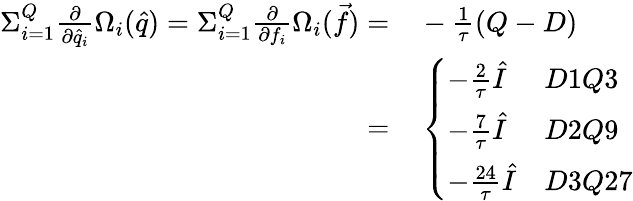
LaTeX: \begin{array}{rl}{{\Sigma}_{i=1}^{Q}\frac{\partial}{\partial\hat{q}_{i}}\Omega_{i}(\hat{q})={\Sigma}_{i=1}^{Q}\frac{\partial}{\partial f_{i}}\Omega_{i}(\vec{f})=}&{{}-\frac{1}{\tau}(Q-D)}\\ {=}&{{}\left\{ \begin{array}{ll}{-\frac{2}{\tau}\hat{I}}&{D1Q3}\\ {-\frac{7}{\tau}\hat{I}}&{D2Q9}\\ {-\frac{24}{\tau}\hat{I}}&{D3Q27}\end{array}\right.}\end{array}